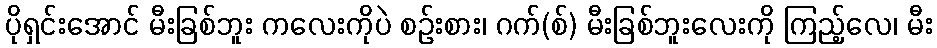
ပိုရှင်းအောင် မီးခြစ်ဘူး ကလေးကိုပဲ စဉ်းစား၊ ဂက်(စ်) မီးခြစ်ဘူးလေးကို ကြည့်လေ၊ မီး